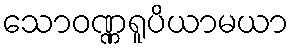
သောဝဏ္ဏရူပိယာမယာ